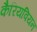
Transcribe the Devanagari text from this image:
कैरियवियन